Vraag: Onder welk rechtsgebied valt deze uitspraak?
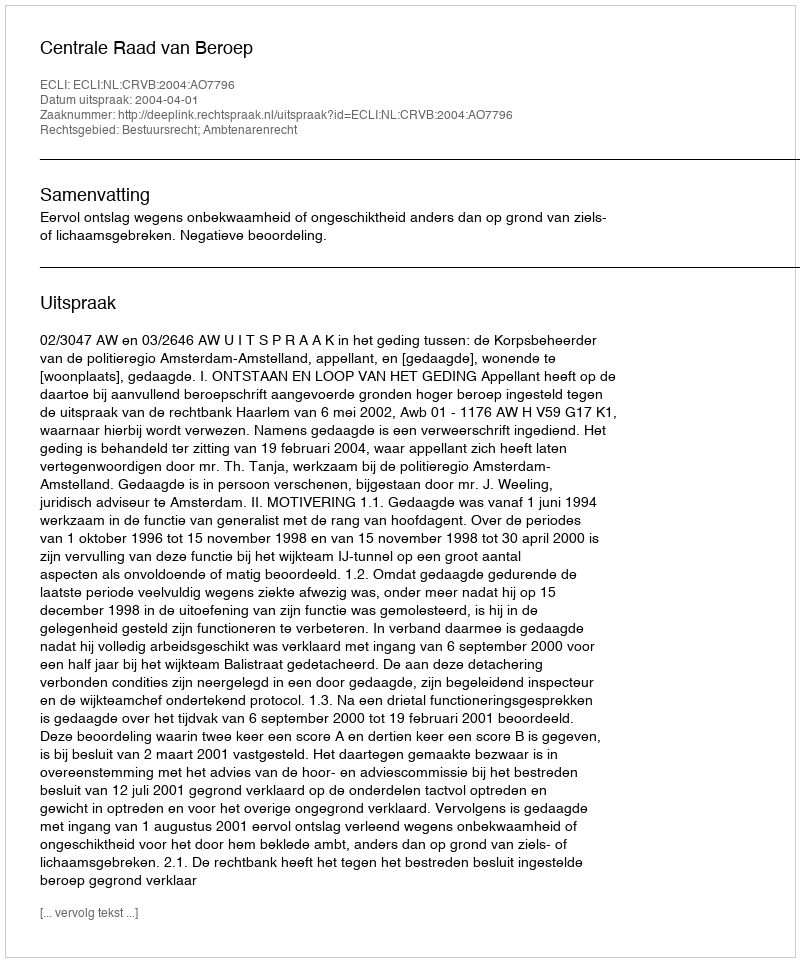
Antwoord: Bestuursrecht; Ambtenarenrecht